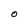
Character: O